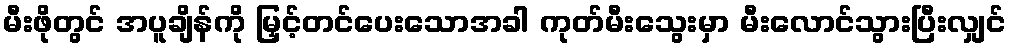
မီးဖိုတွင် အပူချိန်ကို မြှင့်တင်ပေးသောအခါ ကုတ်မီးသွေးမှာ မီးလောင်သွားပြီးလျှင်